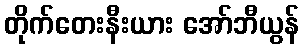
တိုက်တေးနီးယား အော်ဘီယွန်